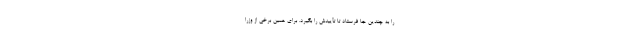
را به چندین جا فرستاد تا تأییدش را بگیرد. برای همین برخی از وزرا